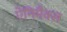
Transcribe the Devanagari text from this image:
ऐनिमैक्स